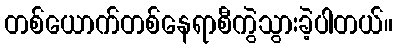
တစ်ယောက်တစ်နေရာစီကွဲသွားခဲ့ပါတယ်။